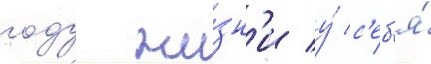
году жи́зн'и у́ с'еб'я́